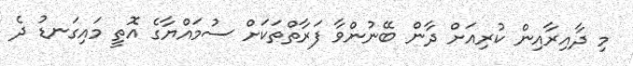
މި ދާއިރާއިން ކުރިއަށް ދާން ބޭނުންވާ ފަރާތްތަކަށް ސުމައްޔާގެ އޮތީ މައިގަނޑު ދެ